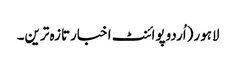
لاہور(اُردوپوائنٹ اخبارتازہ ترین۔